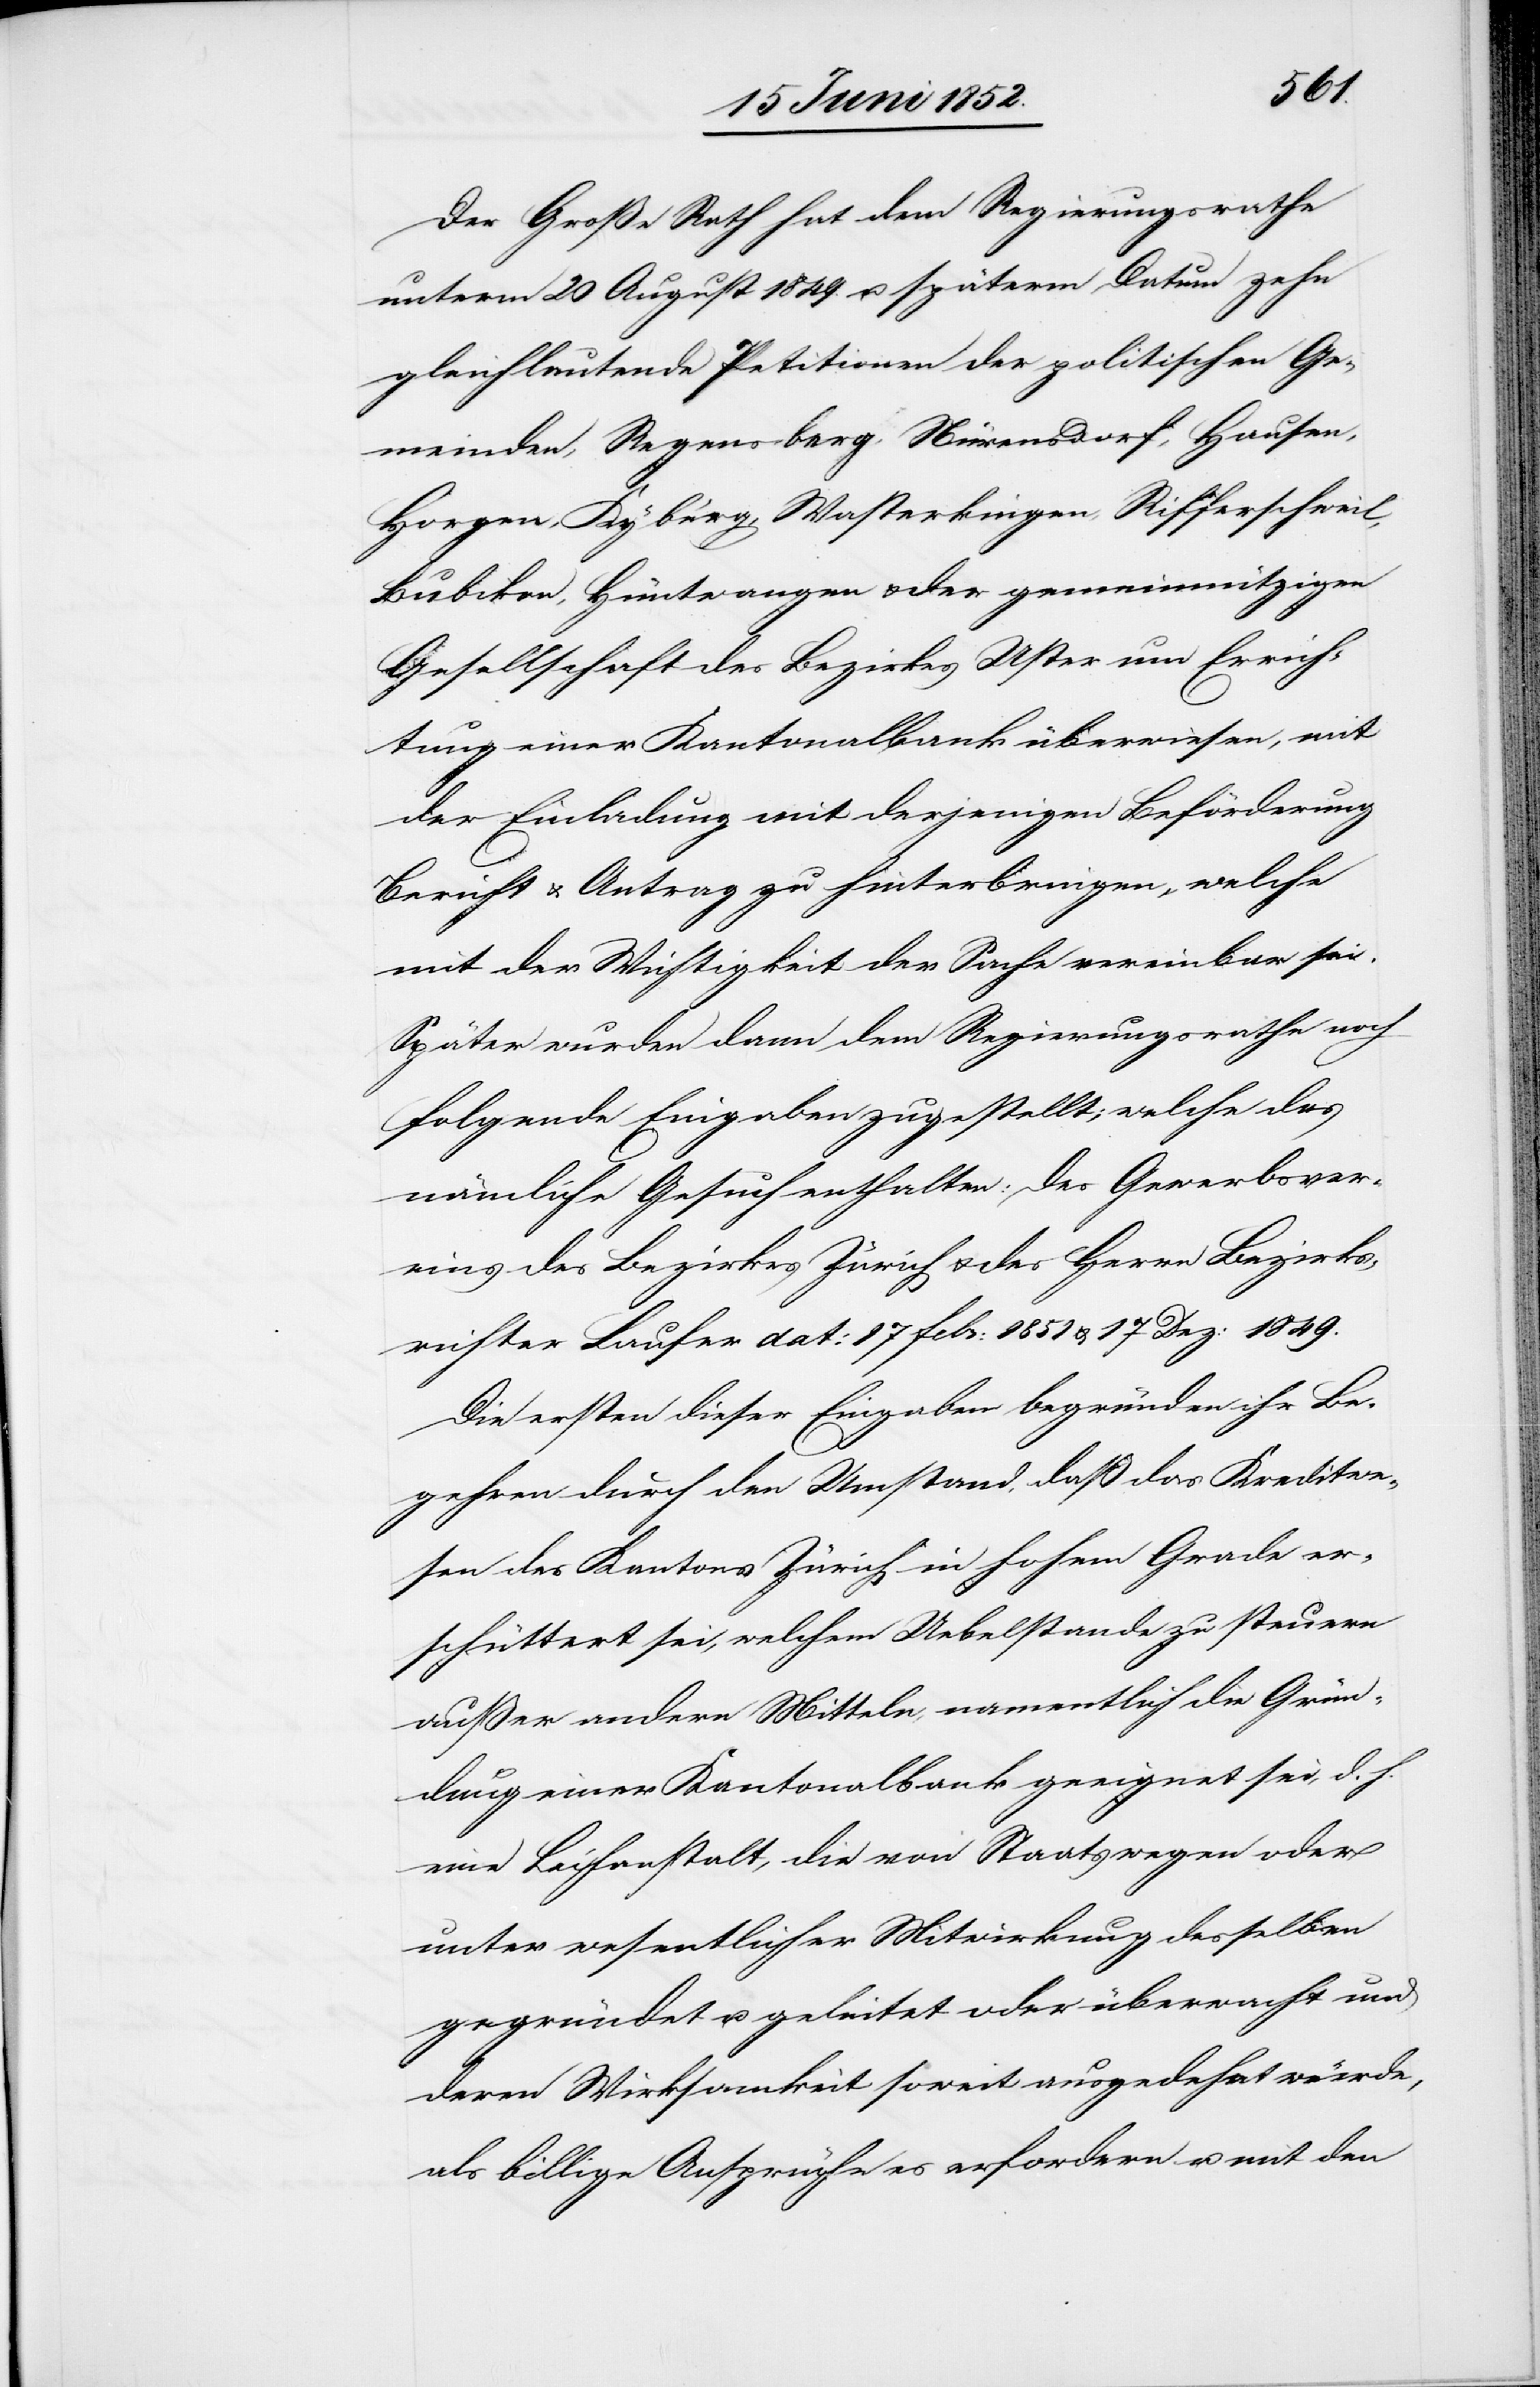
Der Große Rath hat dem Regierungsrathe
unterm 20 August 1849. u. späterm Datum zehn
gleichlautende Petitionen der politischen Ge¬
meinden, Regensberg, Nürensdorf, Hausen,
Horgen, Kyburg, Wasterkingen, Rifferschweil,
Bubikon, Hüntwangen & der gemeinnützigen
Gesellschaft des Bezirkes Uster um Errich¬
tung einer Kantonalbank überwiesen, mit
der Einladung mit derjenigen Beförderung
Bericht & Antrag zu hinterbringen, welche
mit der Wichtigkeit der Sache vereinbar sei.
Später wurden dann dem Regierungsrathe noch
folgende Eingaben zugestellt; welche das
nämliche Gesuch enthalten: des Gewerbsver¬
eins des Bezirkes Zürich & des Herrn Bezirks¬
richter Laufer dat: 17 Febr: 1851 & 17 Dez: 1849.
Die ersten dieser Eingaben begründen ihr Be¬
gehren durch den Umstand, daß das Kreditwe¬
sen des Kantons Zürich in hohem Grade er¬
schüttert sei, welchem Uebelstande zu steuern
außer andern Mitteln, namentlich die Grün¬
dung einer Kantonalbank geeignet sei, d. h.
eine Leihanstalt, die von Staatswegen oder
unter wesentlicher Mitwirkung desselben
gegründet u. geleitet oder überwacht und
deren Wirksamkeit soweit ausgedehnt würde,
als billige Ansprüche es erfordern u. mit den